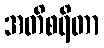
အတိစရိတာ